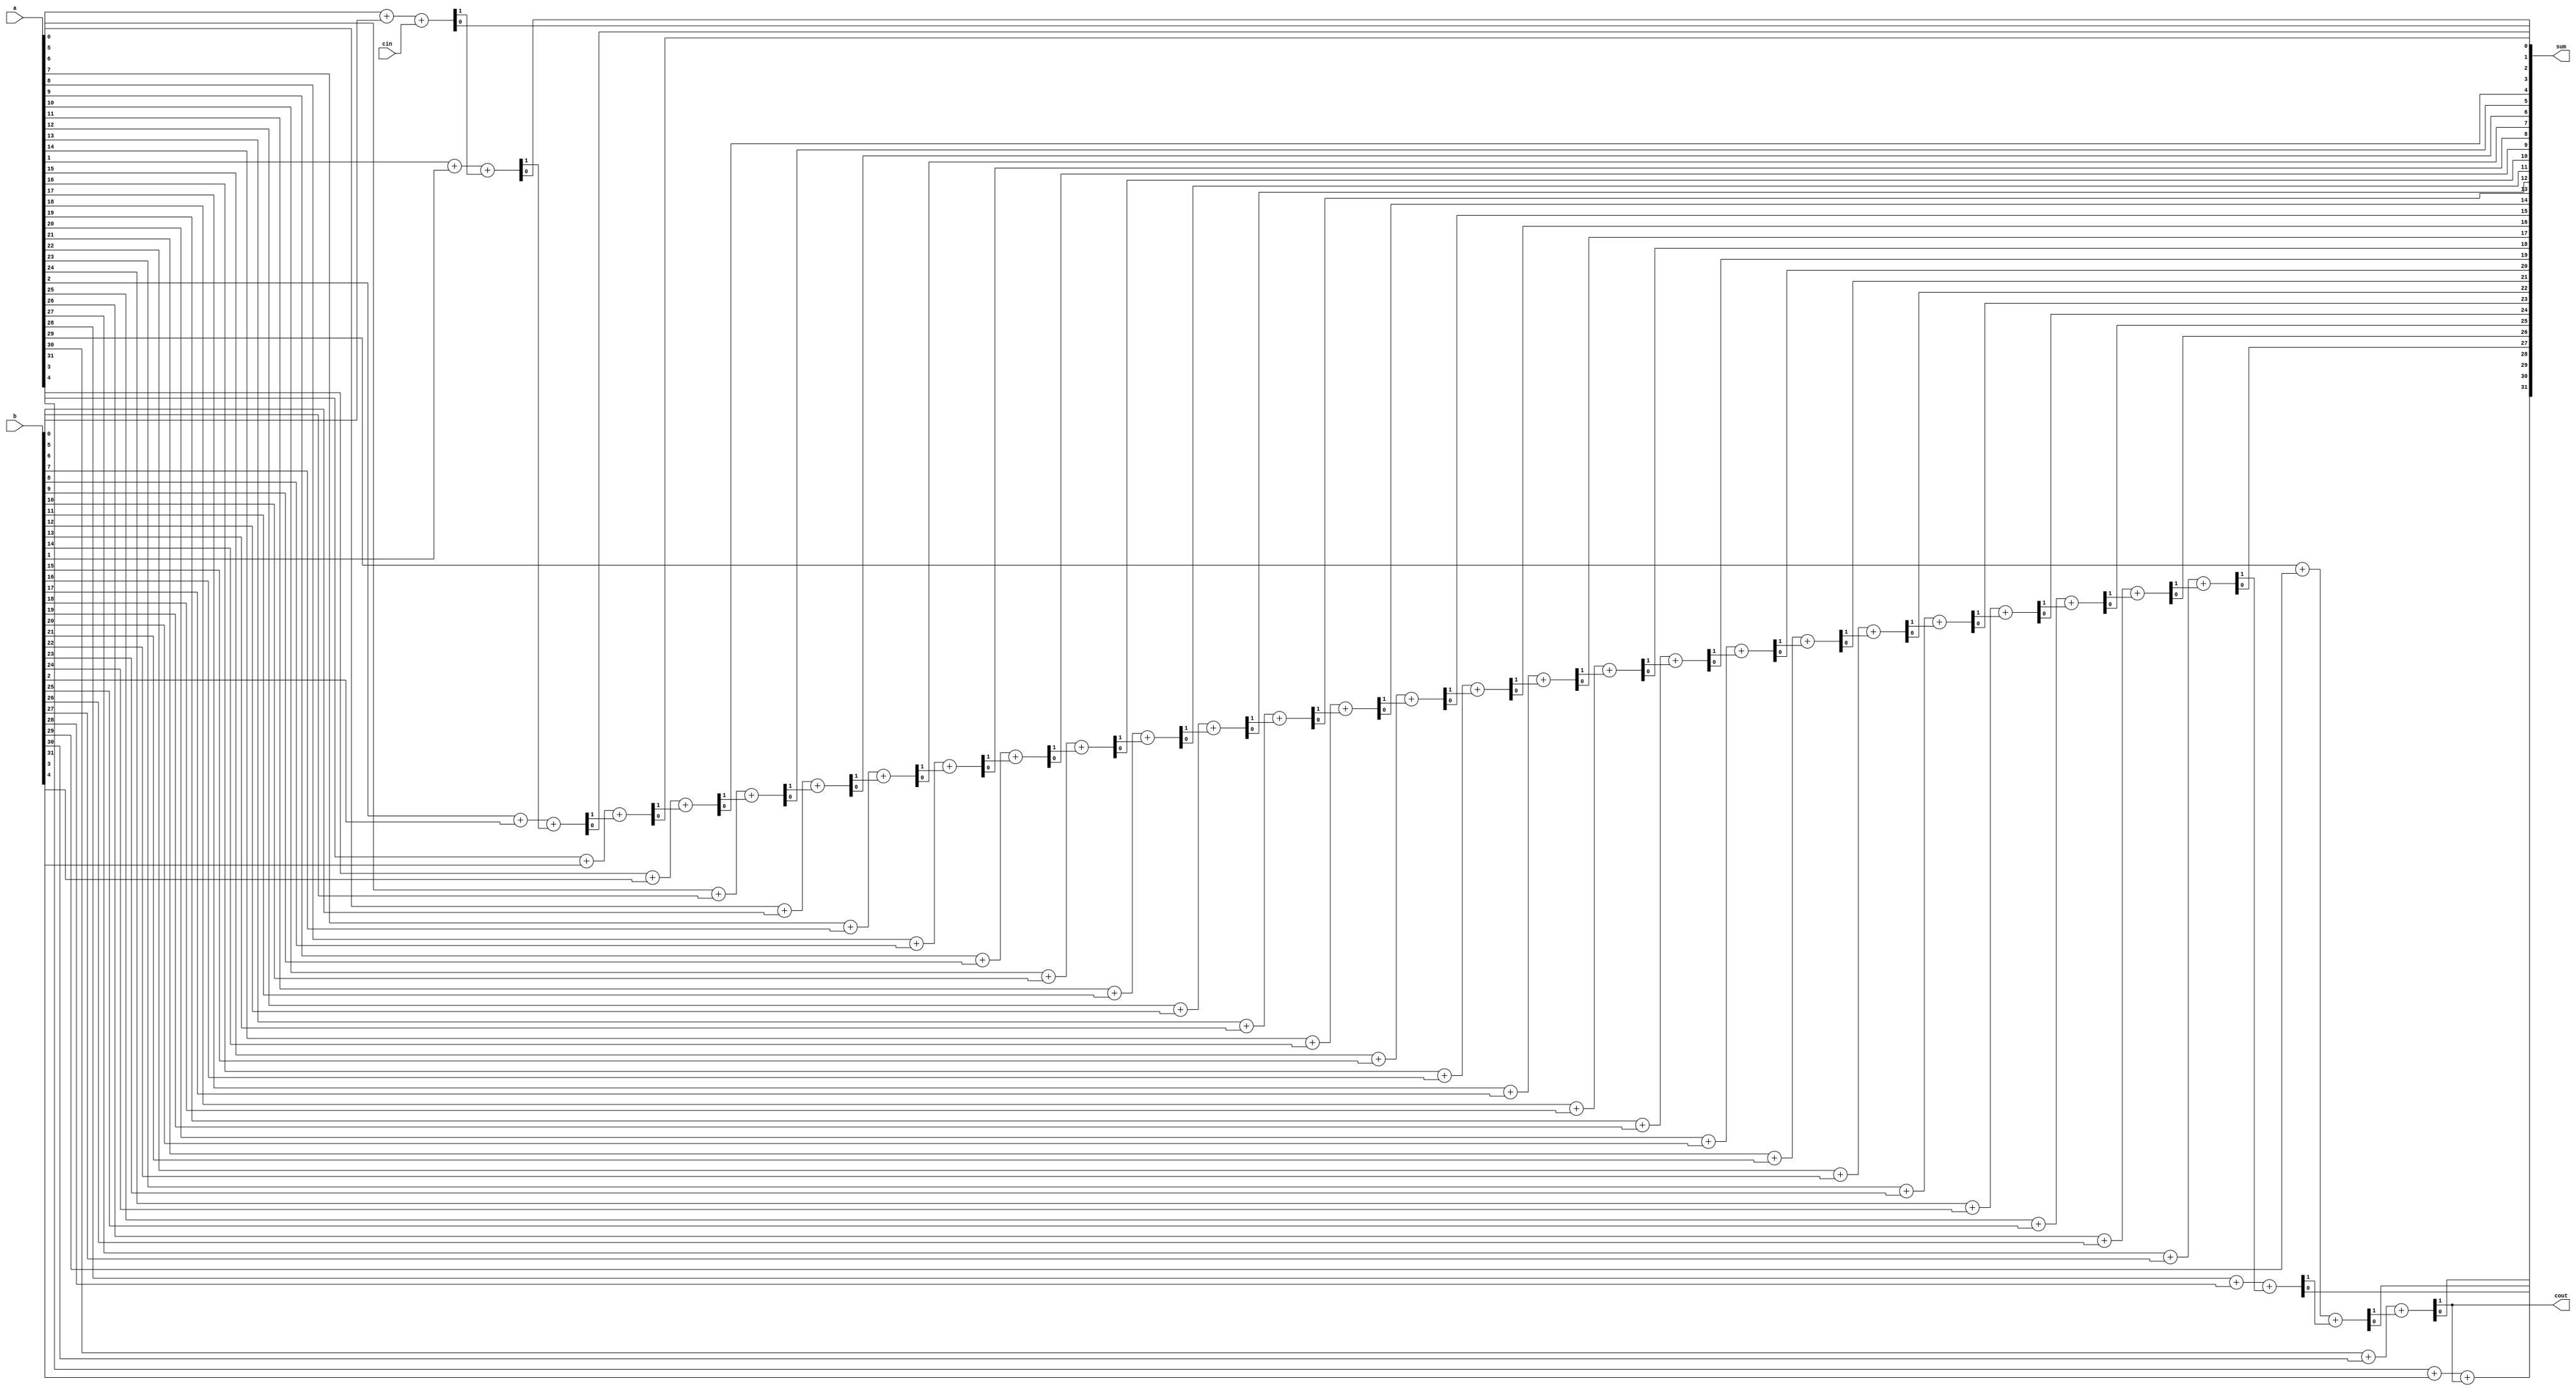
module FullAdder32 #(parameter WIDTH=32) (
    input [WIDTH-1:0] a,
    input [WIDTH-1:0] b,
    input cin,
    output [WIDTH-1:0] sum,
    output cout
);
    wire [WIDTH:0] carry;

    assign carry[0] = cin;
  
    genvar i;
    generate
        for (i = 0; i < WIDTH; i = i + 1) begin
            assign {carry[i+1], sum[i]} = a[i] + b[i] + carry[i];
        end
    endgenerate

    assign cout = carry[31];
endmodule